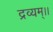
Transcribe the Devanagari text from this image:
द्रव्यम्।।